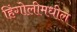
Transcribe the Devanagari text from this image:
हिंगोलीमधील